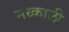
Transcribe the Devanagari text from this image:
मध्काली